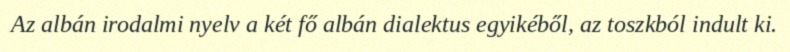
Az albán irodalmi nyelv a két fő albán dialektus egyikéből, az toszkból indult ki.